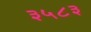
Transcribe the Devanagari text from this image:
३५८३